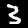
Digit: 3